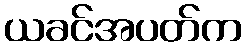
ယခင်အပတ်က